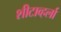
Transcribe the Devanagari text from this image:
शीटाव्हर्ला